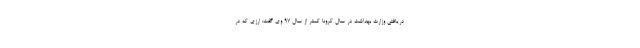
دریافتی وزارت بهداشت در سال کرونا کمتر از سال ۹۷ وی گفت: ارزی که در